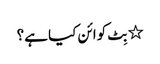
٭ بِٹ کوائن کیا ہے؟